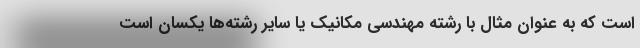
است که به عنوان مثال با رشته مهندسی مکانیک یا سایر رشته‌ها یکسان است